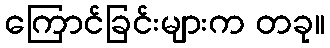
ကြောင်ခြင်းများက တခု။